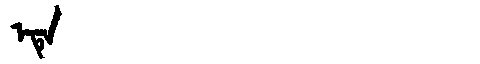
Manchu: ᡝᡨᡝ
Romanization: ETE